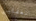
المغفلين